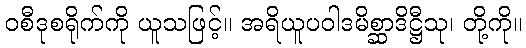
ဝစီဒုစရိုက်ကို ယူသဖြင့်။ အရိယူပဝါဒမိစ္ဆာဒိဋ္ဌီသု၊ တို့ကို။